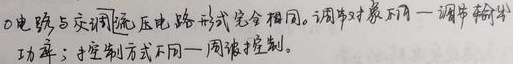
电路，与定频流压电路形式完全相同。调节对象不同—调节输出功率；控制方式不同—周波控制。